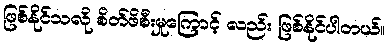
ဖြစ်နိုင်သလို စိတ်ဖိစီးမှုကြောင့် လည်း ဖြစ်နိုင်ပါတယ်။